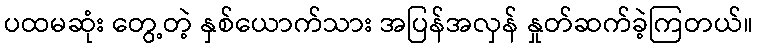
ပထမဆုံး တွေ့တဲ့ နှစ်ယောက်သား အပြန်အလှန် နှုတ်ဆက်ခဲ့ကြတယ်။